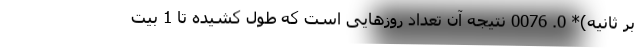
بر ثانیه)* 0. 0076 نتیجه آن تعداد روزهایی است که طول کشیده تا 1 بیت